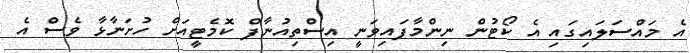
އެ މައްސަލައިގައި އެ ކޯޓުން ނިންމާފައިވަނީ އިސްތިއުނާފް ކޮމެޓީއަށް ހުށަނާޅާ ވެސް އެ